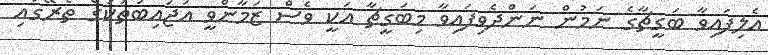
އެލިފައިވާ ބަގީޗާގެ ނަމުން ނަންދެވިފައިވާ މިބަގީޗާ އަކީ ވެސް ޒަމާންވީ އަޖައިބުތަކުގެ ތެރޭގައި